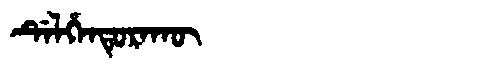
Manchu: ᡩᡝᠯᡥᡝᠨᡨᡠᡵᠠᡴᡡ
Romanization: DELHENTURAKŪ